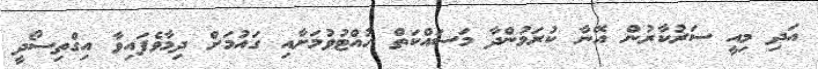
އަދި މިއީ ސަރުކާރުން އޭނާ ކުރަމުންދާ މަސައްކަތް ހުއްޓުވުމަށާއި ގައުމަށް ދިމާވެފައިވާ އިގްތިސޯދީ